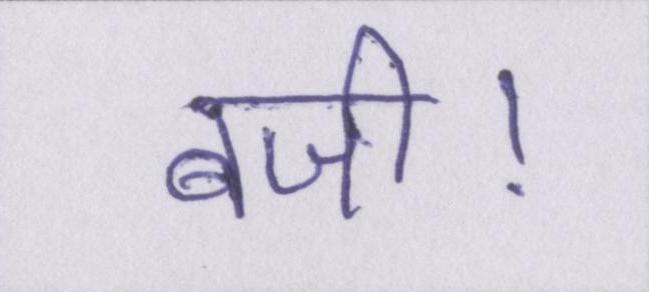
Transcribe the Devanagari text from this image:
बजी।